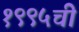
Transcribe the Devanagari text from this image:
१९९५ची